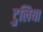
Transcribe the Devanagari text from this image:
टुलिया